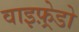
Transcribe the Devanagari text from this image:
वाइफ़्रेडो